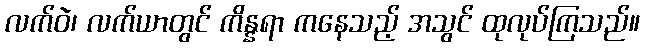
လက်ဝဲ၊ လက်ယာတွင် ကိန္နရာ ကနေသည့် အသွင် ထုလုပ်ကြသည်။